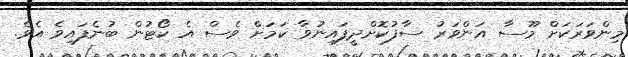
މިންވަރަކަށް މޫސާ އަންވަރު ސާފުކޮށްދީފައިނުވާ ކަމަށް ވެސް އެ ކޯޓުން ބުނެފައިވެ އެވެ.